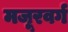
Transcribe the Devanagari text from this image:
मजूरवर्ग